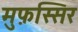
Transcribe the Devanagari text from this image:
मुफ़स्सिर